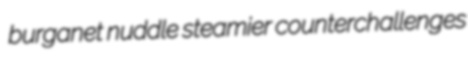
burganet nuddle steamier counterchallenges